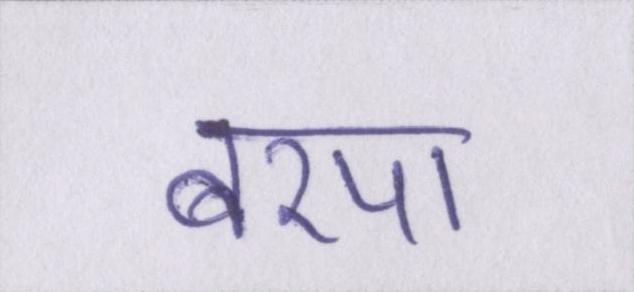
बरपा